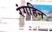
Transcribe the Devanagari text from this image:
रंगहिन